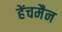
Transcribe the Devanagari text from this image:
हेंचमैन